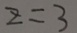
z = 3